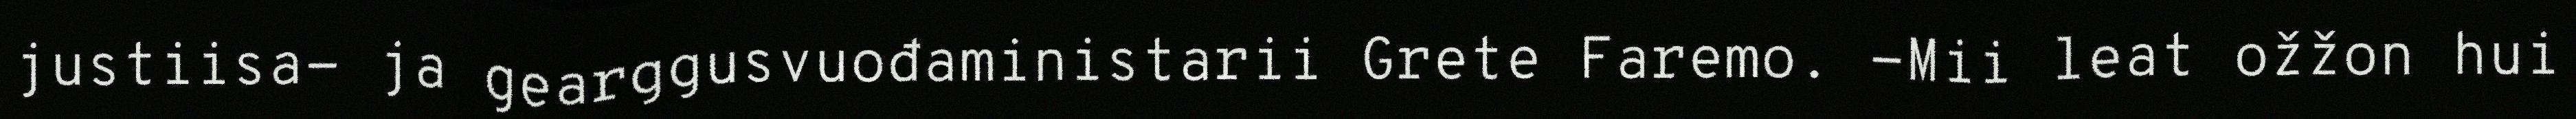
justiisa- ja gearggusvuođaministarii Grete Faremo. -Mii leat ožžon hui